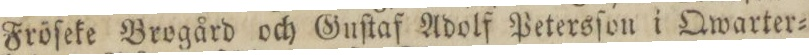
Fröſeke Brogård och Guſtaf Adolf Petersſon i Qwarter=